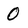
Character: 0